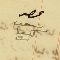
عصو سعىد كىعان